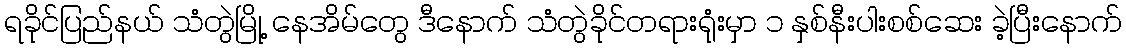
ရခိုင်ပြည်နယ် သံတွဲမြို့ နေအိမ်တွေ ဒီနောက် သံတွဲခိုင်တရားရုံးမှာ ၁ နှစ်နီးပါးစစ်ဆေး ခဲ့ပြီးနောက်